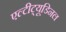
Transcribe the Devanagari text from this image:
एल्‍टीट्यूडिनल